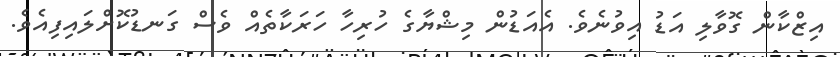
އިޒްކާން ގޮވާލި އަޑު އިވުނެވެ. އެއަޑުން މިޝްޔާގެ ހުރިހާ ހަރަކާތެއް ވެސް ގަނޑުކޮށްލައިފިއެވެ.